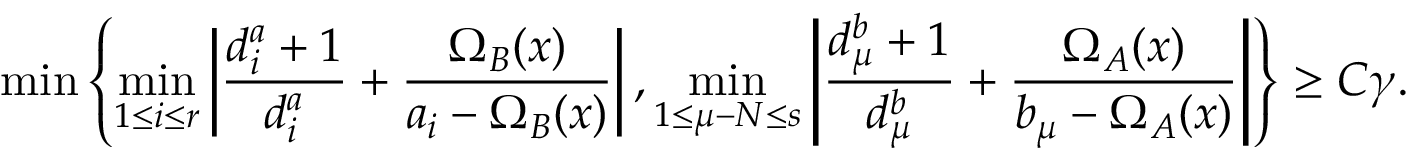
\operatorname* { m i n } \left\{ \operatorname* { m i n } _ { 1 \leq i \leq r } \left| \frac { d _ { i } ^ { a } + 1 } { d _ { i } ^ { a } } + \frac { \Omega _ { B } ( x ) } { a _ { i } - \Omega _ { B } ( x ) } \right| , \operatorname* { m i n } _ { 1 \leq \mu - N \leq s } \left| \frac { d _ { \mu } ^ { b } + 1 } { d _ { \mu } ^ { b } } + \frac { \Omega _ { A } ( x ) } { b _ { \mu } - \Omega _ { A } ( x ) } \right| \right\} \geq C \gamma .